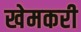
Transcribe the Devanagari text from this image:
खेमकरी